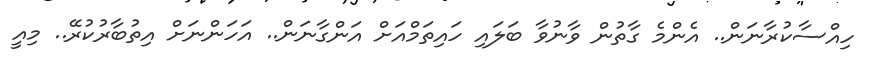
ހިއްސާކުރާނަން.. އެންމެ ގާތުން ވާނުވާ ބަލައި ހައިތަމްއަށް އަންގާނަން.. އަހަންނަށް އިތުބާރުކުރޭ.. މިއީ